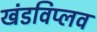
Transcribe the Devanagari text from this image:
खंडविप्लव